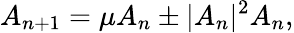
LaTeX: A_{n+1}=\mu A_{n}\pm\vert A_{n}\vert^{2}A_{n},